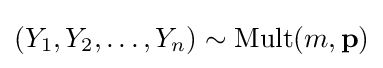
(Y_{1},Y_{2},\dots ,Y_{n})\sim \operatorname {Mult} (m,\mathbf {p} )